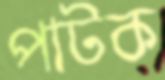
পাটক